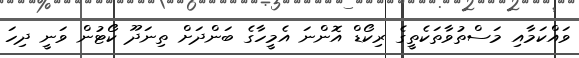
ވައްކަމާއި މަސްތުވާތަކެތީގެ ރިކޯޑް އޮންނަ އެމީހާގެ ބަންދަށް ތިނަދޫ ކޯޓުން ވަނީ ދިހަ